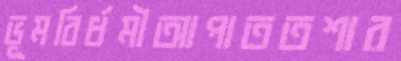
ভূমবির্ধমীআপাততশার